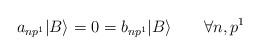
LaTeX: \begin{align*}a_{np^1} |B \rangle = 0 = b_{np^1} |B \rangle \qquad \forall n,p^1 \end{align*}